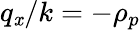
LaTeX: q_{\mathit{x}}/k=-\rho_{p}